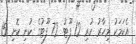
އެކަމަކު މިހާރު ހުރި 12 ފޫޓު 72 ފޫޓުގެ ކުނި ކޮށި 15